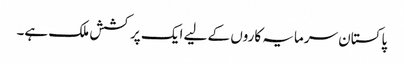
پاکستان سرمایہ کاروں کے لیے ایک پرکشش ملک ہے۔